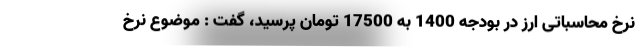
نرخ محاسباتی ارز در بودجه 1400 به 17500 تومان پرسید، گفت : موضوع نرخ